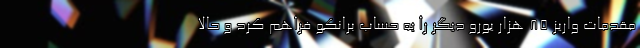
مقدمات واریز ٨۵ هزار یورو دیگر را به حساب برانکو فراهم کرد و حالا